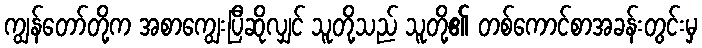
ကျွန်တော်တို့က အစာကျွေးပြီဆိုလျှင် သူတို့သည် သူတို့၏ တစ်ကောင်စာအခန်းတွင်းမှ